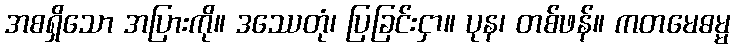
အစရှိသော အပြားကို။ ဒဿေတုံ၊ ပြခြင်းငှာ။ ပုန၊ တစ်ဖန်။ ကတမေဓမ္မ